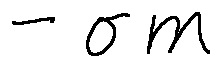
- \sigma m